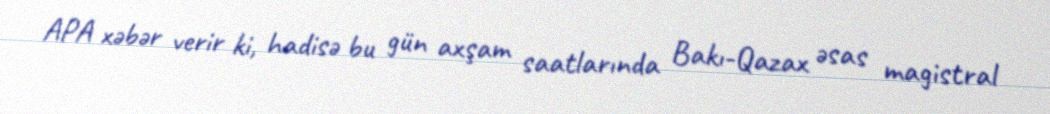
APA xəbər verir ki, hadisə bu gün axşam saatlarında Bakı-Qazax əsas magistral